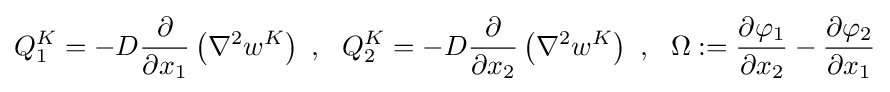
Q_{1}^{K}=-D{\frac {\partial }{\partial x_{1}}}\left(\nabla ^{2}w^{K}\right)~,~~Q_{2}^{K}=-D{\frac {\partial }{\partial x_{2}}}\left(\nabla ^{2}w^{K}\right)~,~~\Omega :={\frac {\partial \varphi _{1}}{\partial x_{2}}}-{\frac {\partial \varphi _{2}}{\partial x_{1}}}